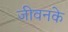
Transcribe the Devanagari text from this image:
जीवनके